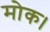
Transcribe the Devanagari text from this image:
मोक।